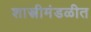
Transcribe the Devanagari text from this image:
शास्त्रीमंडळीत